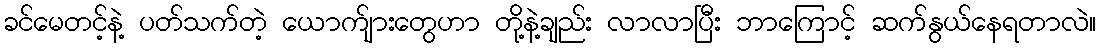
ခင်မေတင့်နဲ့ ပတ်သက်တဲ့ ယောက်ျားတွေဟာ တို့နဲ့ချည်း လာလာပြီး ဘာကြောင့် ဆက်နွယ်နေရတာလဲ။